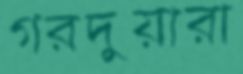
গরদুয়ারা